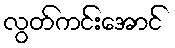
လွတ်ကင်းအောင်